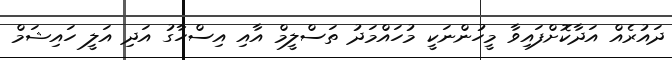
ދައުރެއް އަދާކޮށްފައިވާ މީހުންނަކީ މުހައްމަދު ތަސްލީމް އާއި އިސްހާގު އަދި އަލީ ހައިޝަމް